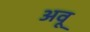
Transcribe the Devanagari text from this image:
अवू